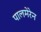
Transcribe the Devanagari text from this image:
पालमेरेन